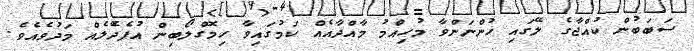
ސަބަބުން ކުއްޖާގެ ލޭގައި ހުންނަންވާ މުހިއްމު މާއްދާއެއް ކަމުގައިވާ ހިމޮގްލޯބިން އުފެދޭެލެއް މަދުވެއެވެ.